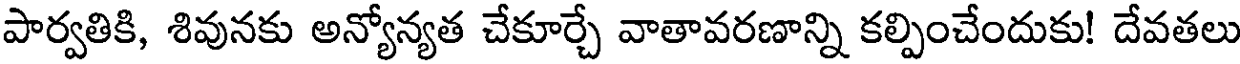
పార్వతికి, శివునకు అన్యోన్యత చేకూర్చే వాతావరణాన్ని కల్పించేందుకు! దేవతలు